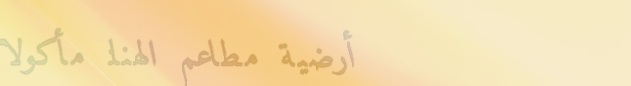
أرضية مطاعم الهنا: مأكولا